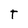
Character: T